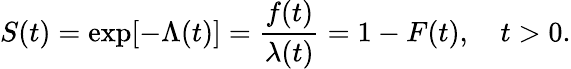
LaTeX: S(t)=\exp[-\Lambda(t)]={\frac{f(t)}{\lambda(t)}}=1-F(t),\quad t>0.